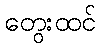
တွေးထင်